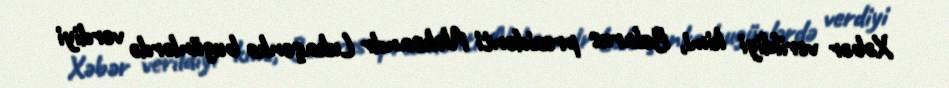
Xəbər verildiyi kimi, Belarus prezidenti Aleksandr Lukaşenko bugünlərdə verdiyi